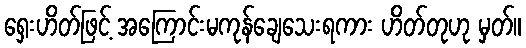
ရှေးဟိတ်ဖြင့် အကြောင်းမကုန်ချေသေးရကား ဟိတ်တုဟု မှတ်။